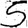
Digit: 5